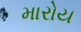
મારોય